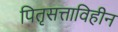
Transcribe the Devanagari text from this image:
पितृसत्ताविहीन